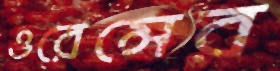
ওরেন্সের